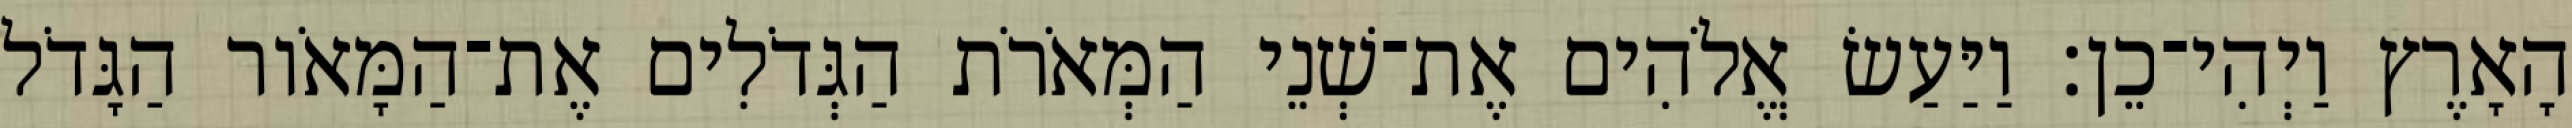
הָאָרֶץ וַיְהִי־כֵן׃ וַיַּעַשׂ אֱלֹהִים אֶת־שְׁנֵי הַמְּאֹרֹת הַגְּדֹלִים אֶת־הַמָּאֹור הַגָּדֹל